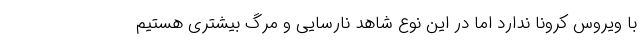
با ویروس کرونا ندارد اما در این نوع شاهد نارسایی و مرگ بیشتری هستیم